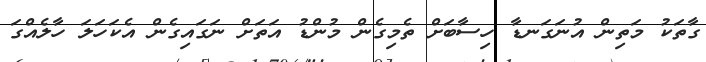
ގާތަކު މަތިން އުނަގަނޑާ ހިސާބަށް ތެމިގެން މުންޑު އަތަށް ނަގައިގެން އެކަހަލަ ހާލެއްގަ